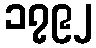
၁၇၉၂